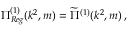
\Pi _ { R e g } ^ { ( 1 ) } ( k ^ { 2 } , m ) = \widetilde { \Pi } ^ { ( 1 ) } ( k ^ { 2 } , m ) \, ,